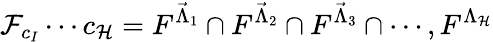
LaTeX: \mathcal{F}_{c_{I}}\cdots c_{\mathcal{H}}=F^{\vec{\Lambda}_{1}}\cap F^{\vec{\Lambda}_{2}}\cap F^{\vec{\Lambda}_{3}}\cap\cdots,F^{\Lambda_{\mathcal{H}}}